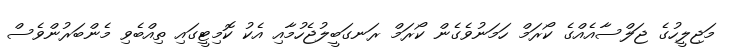
މަޖިލީހުގެ ޖަލްސާއެއްގެ ކޯރަމް ހަމަނުވެގެން ކޯރަމް ރަނގަބީލުޖެހުމާއި އެކު ކޮމިޓީގައި ތިއްބެވި މެންބަރުންވެސް